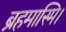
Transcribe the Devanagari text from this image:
ब्रहमास्मि।